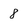
Character: 8